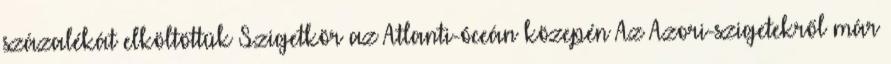
százalékát elköltöttük Szigetkör az Atlanti-óceán közepén Az Azori-szigetekről már